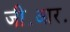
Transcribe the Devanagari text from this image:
जी॰आर॰